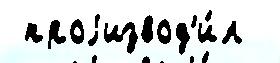
 проjизвод'и́л